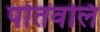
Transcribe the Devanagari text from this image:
पोतवलि